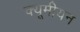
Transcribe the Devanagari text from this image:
क्यूमीयन